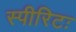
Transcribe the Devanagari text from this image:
स्पीरिटः